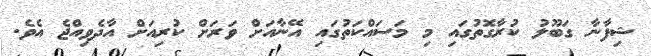
ޝިފާނާ ގަބޫލު ކުރާގޮތުގައި މި މަަސައްކަތުގައި އޭނާއަށް ވަރަށް ކުރިއަށް އާދެވިއްޖެ އެވެ.